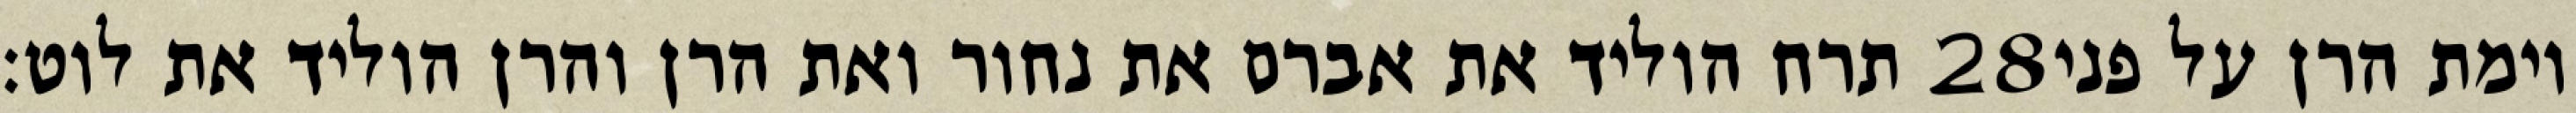
תרח הוליד את אברם את נחור ואת הרן והרן הוליד את לוט׃ ‎28‏ וימת הרן על פני